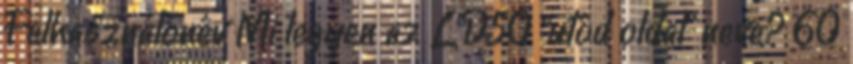
Felhasználónév Mi legyen az LD50 "utód oldal" neve? 60